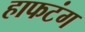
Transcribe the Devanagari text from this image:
हाफटंग